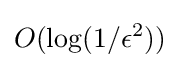
O(\log(1/\epsilon ^{2}))